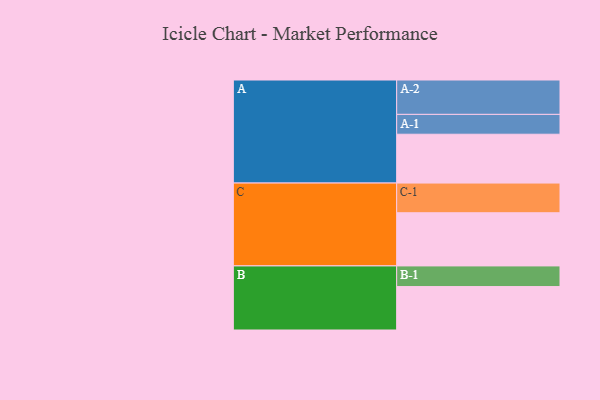
{"axis": {"x": "Segment", "y": "Value"}, "legend": ["", "A", "B", "C"], "data": [{"x": "A", "y": 416, "type": ""}, {"x": "B", "y": 370, "type": ""}, {"x": "C", "y": 453, "type": ""}, {"x": "A-1", "y": 169, "type": "A"}, {"x": "A-2", "y": 293, "type": "A"}, {"x": "B-1", "y": 176, "type": "B"}, {"x": "C-1", "y": 253, "type": "C"}]}